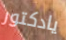
يادكتور